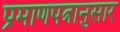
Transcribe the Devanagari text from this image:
प्रमाणपत्रानुसार